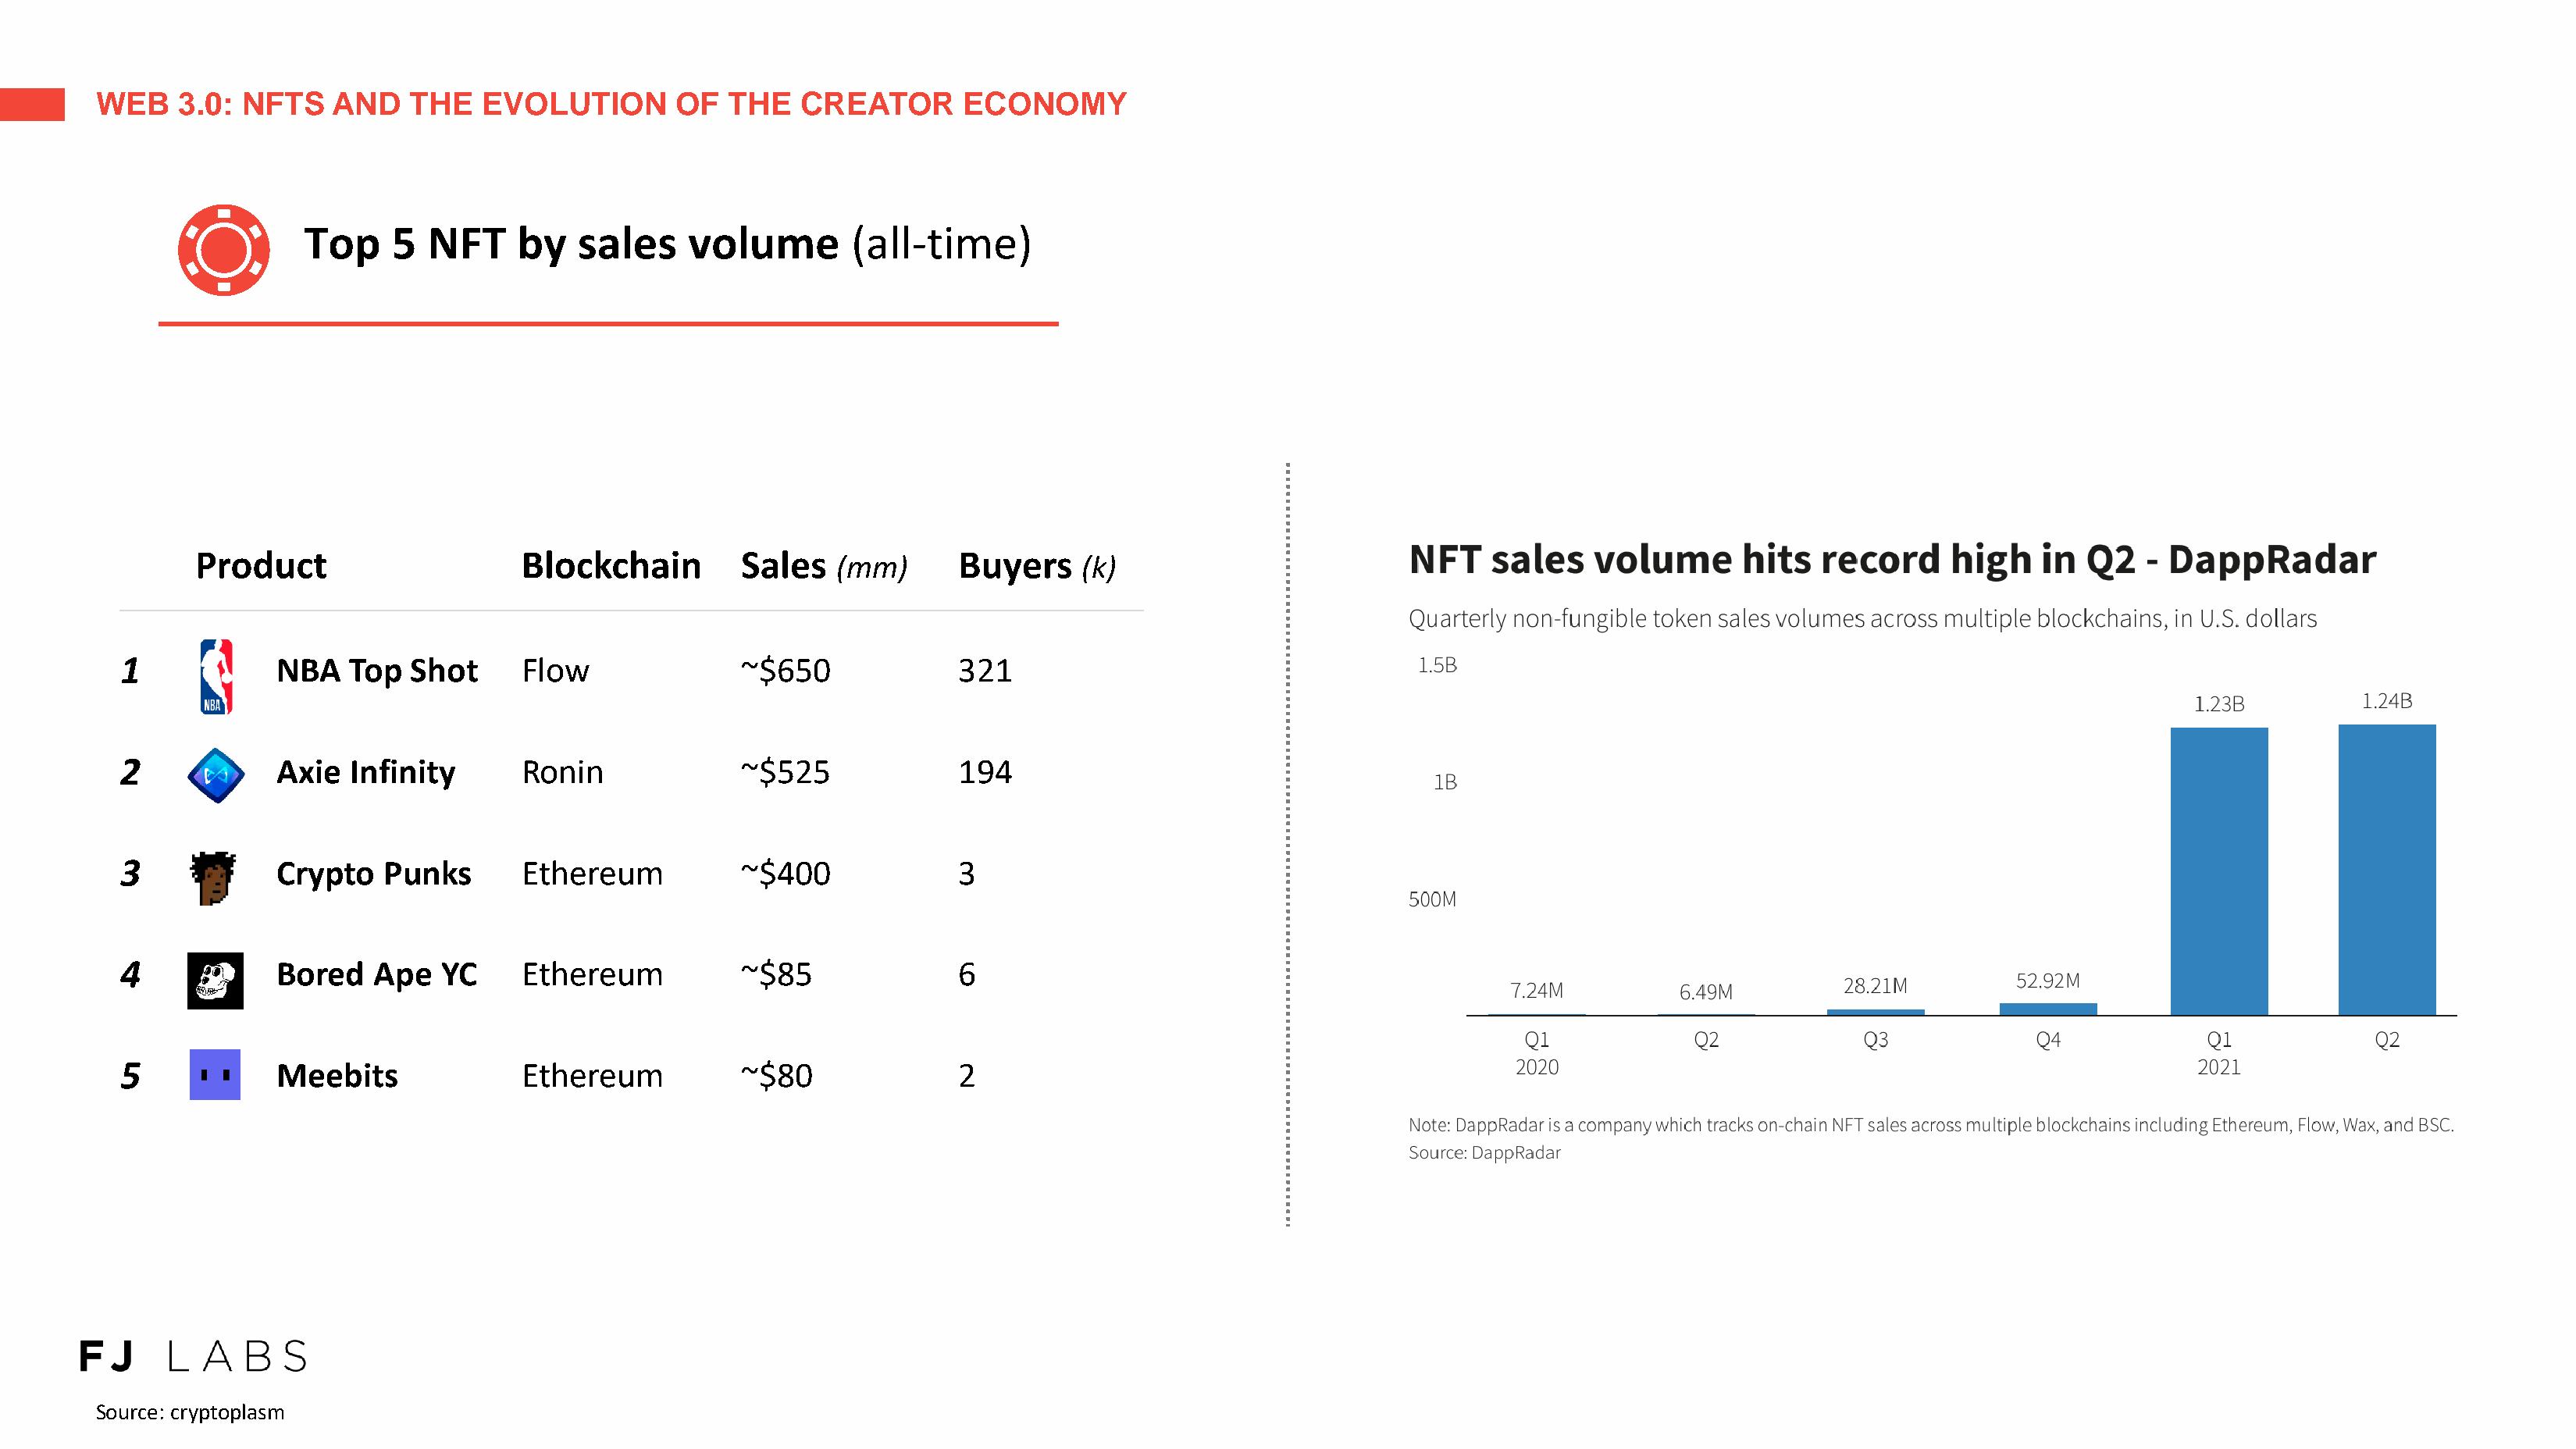
WEB    3.0:  NFTS   AND    THE   EVOLUTION       OF   THE   CREATOR       ECONOMY
 Top    5  NFT     by   sales    volume        (all-time)
 Product                    Blockchain         Sales             Buyers
 (mm)                 (k)
 1            NBA    Top  Shot     Flow               ~$650             321
 2            Axie   Infinity      Ronin              ~$525             194
 3            Crypto    Punks      Ethereum           ~$400             3
 4            Bored    Ape  YC     Ethereum           ~$85              6
 5            Meebits              Ethereum           ~$80              2
 Source: cryptoplasm